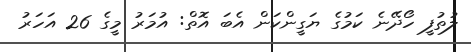
ލުތުފީ ހޯދޭނެ ކަމުގެ ޔަގީންކަން އެބަ އޮތް: އުމަރު މީގެ 26 އަހަރު